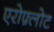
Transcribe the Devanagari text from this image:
एरोफ़्लोट